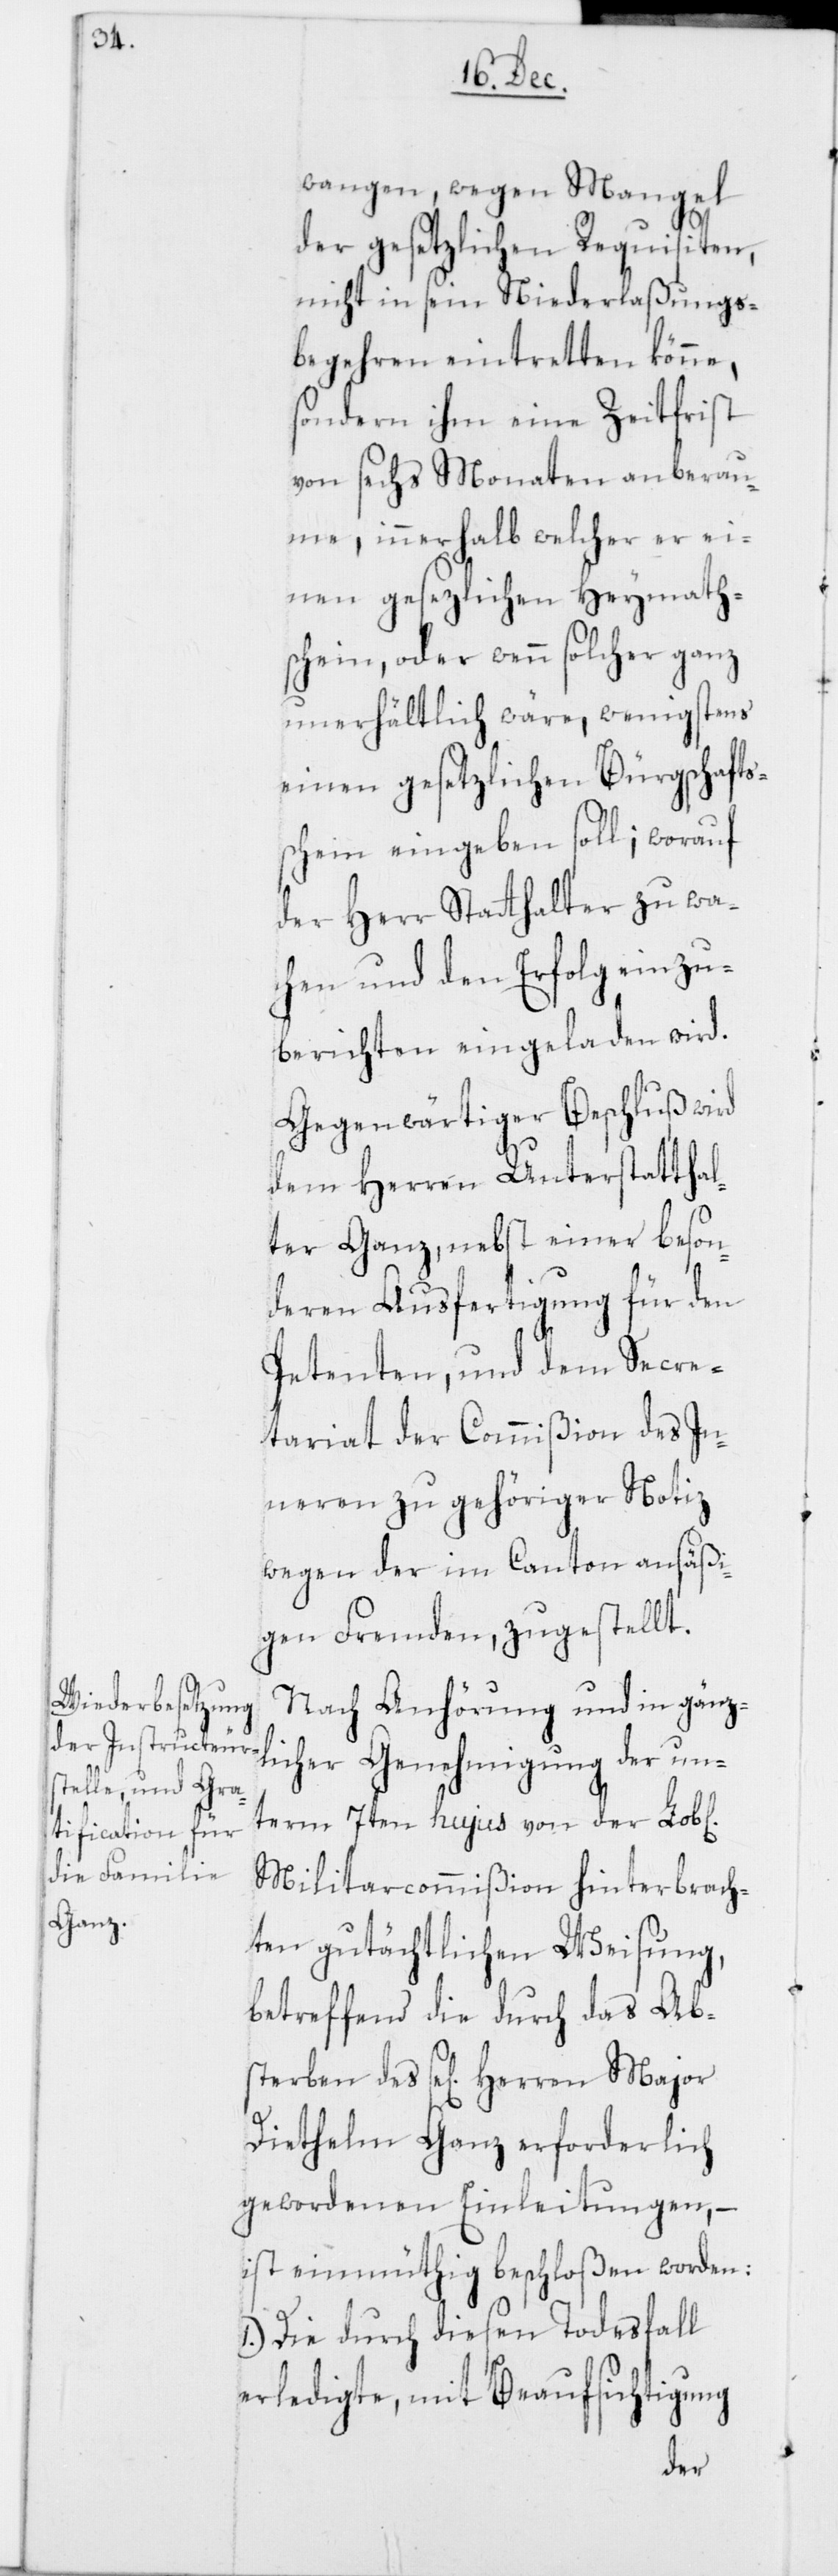
chen]

wangen, wegen Mangel
der gesetzlichen Requisiten,
nicht in seyn Niederlaßungs¬
begehren eintretten könne,
sondern ihm eine Zeitfrist
von sechs Monaten anberau¬
me, innerhalb welcher er ei¬
nen gesezlichen Heymath¬
schein, oder wenn solcher ganz
unerhältlich wäre, wenigstens
einen gesetzlichen Bürgschafts¬
schein eingeben soll; worauf
der Herr Statthalter zu wa¬
chen und den Erfolg einzu¬
berichten eingeladen wird.
Gegenwärtiger Beschluß wird
dem Herren Unterstatthal¬
ter Ganz, nebst einer beson¬
deren Ausfertigung für den
Petenten, und dem Secre¬
tariat der Commißion des In¬
neren zu gehöriger Notiz
wegen der im Canton ansäßi¬
gen Fremden, zugestellt.
Nach Anhörung und in gänz¬
licher Genehmigung der un¬
term 7ten hujus von der Lob[li¬
Militarcommißion hinterbrach¬
ten gutächtlichen Weisung,
betreffend die durch das Abs¬
Diethelm Ganz erforderlich
gewordenen Einleitungen, –
ist einmüthig beschloßen worden:
1. Die durch diesen Todesfall
erledigte, mit Beaufsichtigung
des